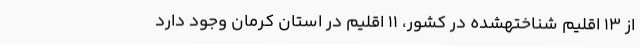
از 13 اقلیم شناختهشده در کشور، 11 اقلیم در استان کرمان وجود دارد